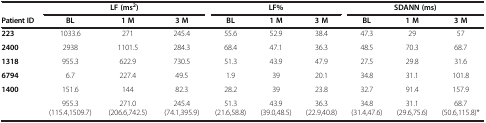
<table><thead><tr><td><b> </b></td><td colspan="3"><b>LF (ms<sup>2</sup>)</b></td><td colspan="3"><b>LF%</b></td><td colspan="3"><b>SDANN (ms)</b></td></tr><tr><td><b>Patient ID</b></td><td><b>BL</b></td><td><b>1 M</b></td><td><b>3 M</b></td><td><b>BL</b></td><td><b>1 M</b></td><td><b>3 M</b></td><td><b>BL</b></td><td><b>1 M</b></td><td><b>3 M</b></td></tr></thead><tbody><tr><td><b>223</b></td><td>1033.6</td><td>271</td><td>245.4</td><td>55.6</td><td>52.9</td><td>38.4</td><td>47.3</td><td>29</td><td>57</td></tr><tr><td><b>2400</b></td><td>2938</td><td>1101.5</td><td>284.3</td><td>68.4</td><td>47.1</td><td>36.3</td><td>48.5</td><td>70.3</td><td>68.7</td></tr><tr><td><b>1318</b></td><td>955.3</td><td>622.9</td><td>730.5</td><td>51.3</td><td>43.9</td><td>47.9</td><td>27.5</td><td>29.8</td><td>31.6</td></tr><tr><td><b>6794</b></td><td>6.7</td><td>227.4</td><td>49.5</td><td>1.9</td><td>39</td><td>20.1</td><td>34.8</td><td>31.1</td><td>101.8</td></tr><tr><td><b>1400</b></td><td>151.6</td><td>144</td><td>82.3</td><td>28.2</td><td>39</td><td>23.8</td><td>32.7</td><td>91.4</td><td>157.9</td></tr><tr><td> </td><td>955.3(115.4,1509.7)</td><td>271.0(206.6,742.5)</td><td>245.4(74.1,395.9)</td><td>51.3(21.6,58.8)</td><td>43.9(39.0,48.5)</td><td>36.3(22.9,40.8)</td><td>34.8(31.4,47.6)</td><td>31.1(29.6,75.6)</td><td>68.7(50.6,115.8)*</td></tr></tbody></table>